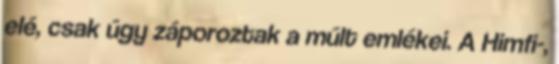
elé, csak úgy záporoztak a múlt emlékei. A Himfi-,